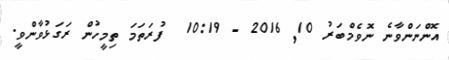
އޮންނަންވާނެ ނޮވެމްބަރު 10